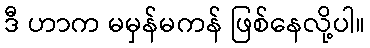
ဒီ ဟာက မမှန်မကန် ဖြစ်နေလို့ပါ။